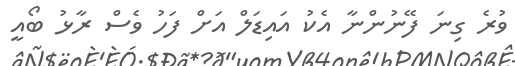
ވުރެ ގިނަ ފޭނުންނާ އެކު އައިޑަލް އަށް ފަހު ވެސް ރާޅު ބޯއީ